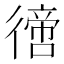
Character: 𢕮